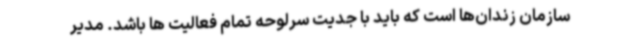
سازمان زندان‌ها است که باید با جدیت سرلوحه تمام فعالیت ها باشد. مدیر